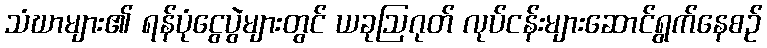
သံဃာများ၏ ရန်ပုံငွေပွဲများတွင် ယခုဩဂုတ် လုပ်ငန်းများဆောင်ရွက်နေစဉ်